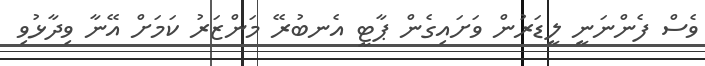
ވެސް ފެންނަނީ ލީޑަރުން ވަށައިގެން ޕާޓީ އެނބުރޭ މަންޒަރު ކަމަށް އޭނާ ވިދާޅުވި